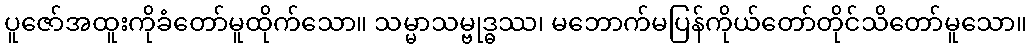
ပူဇော်အထူးကိုခံတော်မူထိုက်သော။ သမ္မာသမ္ဗုဒ္ဓဿ၊ မဘောက်မပြန်ကိုယ်တော်တိုင်သိတော်မူသော။